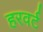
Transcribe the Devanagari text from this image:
हरवर्ट